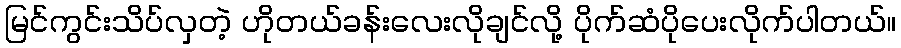
မြင်ကွင်းသိပ်လှတဲ့ ဟိုတယ်ခန်းလေးလိုချင်လို့ ပိုက်ဆံပိုပေးလိုက်ပါတယ်။